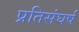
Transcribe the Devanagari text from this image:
प्रतिसंघर्ष